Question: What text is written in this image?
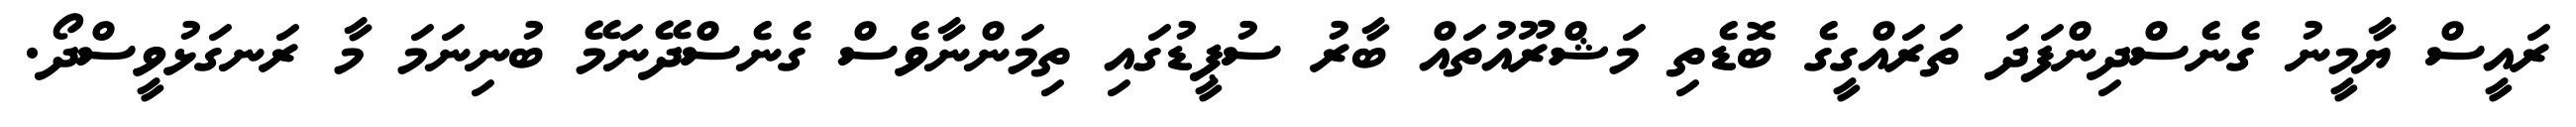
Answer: ރައީސް ޔާމީނު ގެނެސްދިންފަދަ ތަރައްގީގެ ބޮޑެތި މަޝްރޫއުތައް ބާރު ސުޕީޑުގައި ތިމަންނާވެސް ގެނެސްދޭނަމޭ ބުނިނަމަ މާ ރަނގަޅުވީސްދޯ.